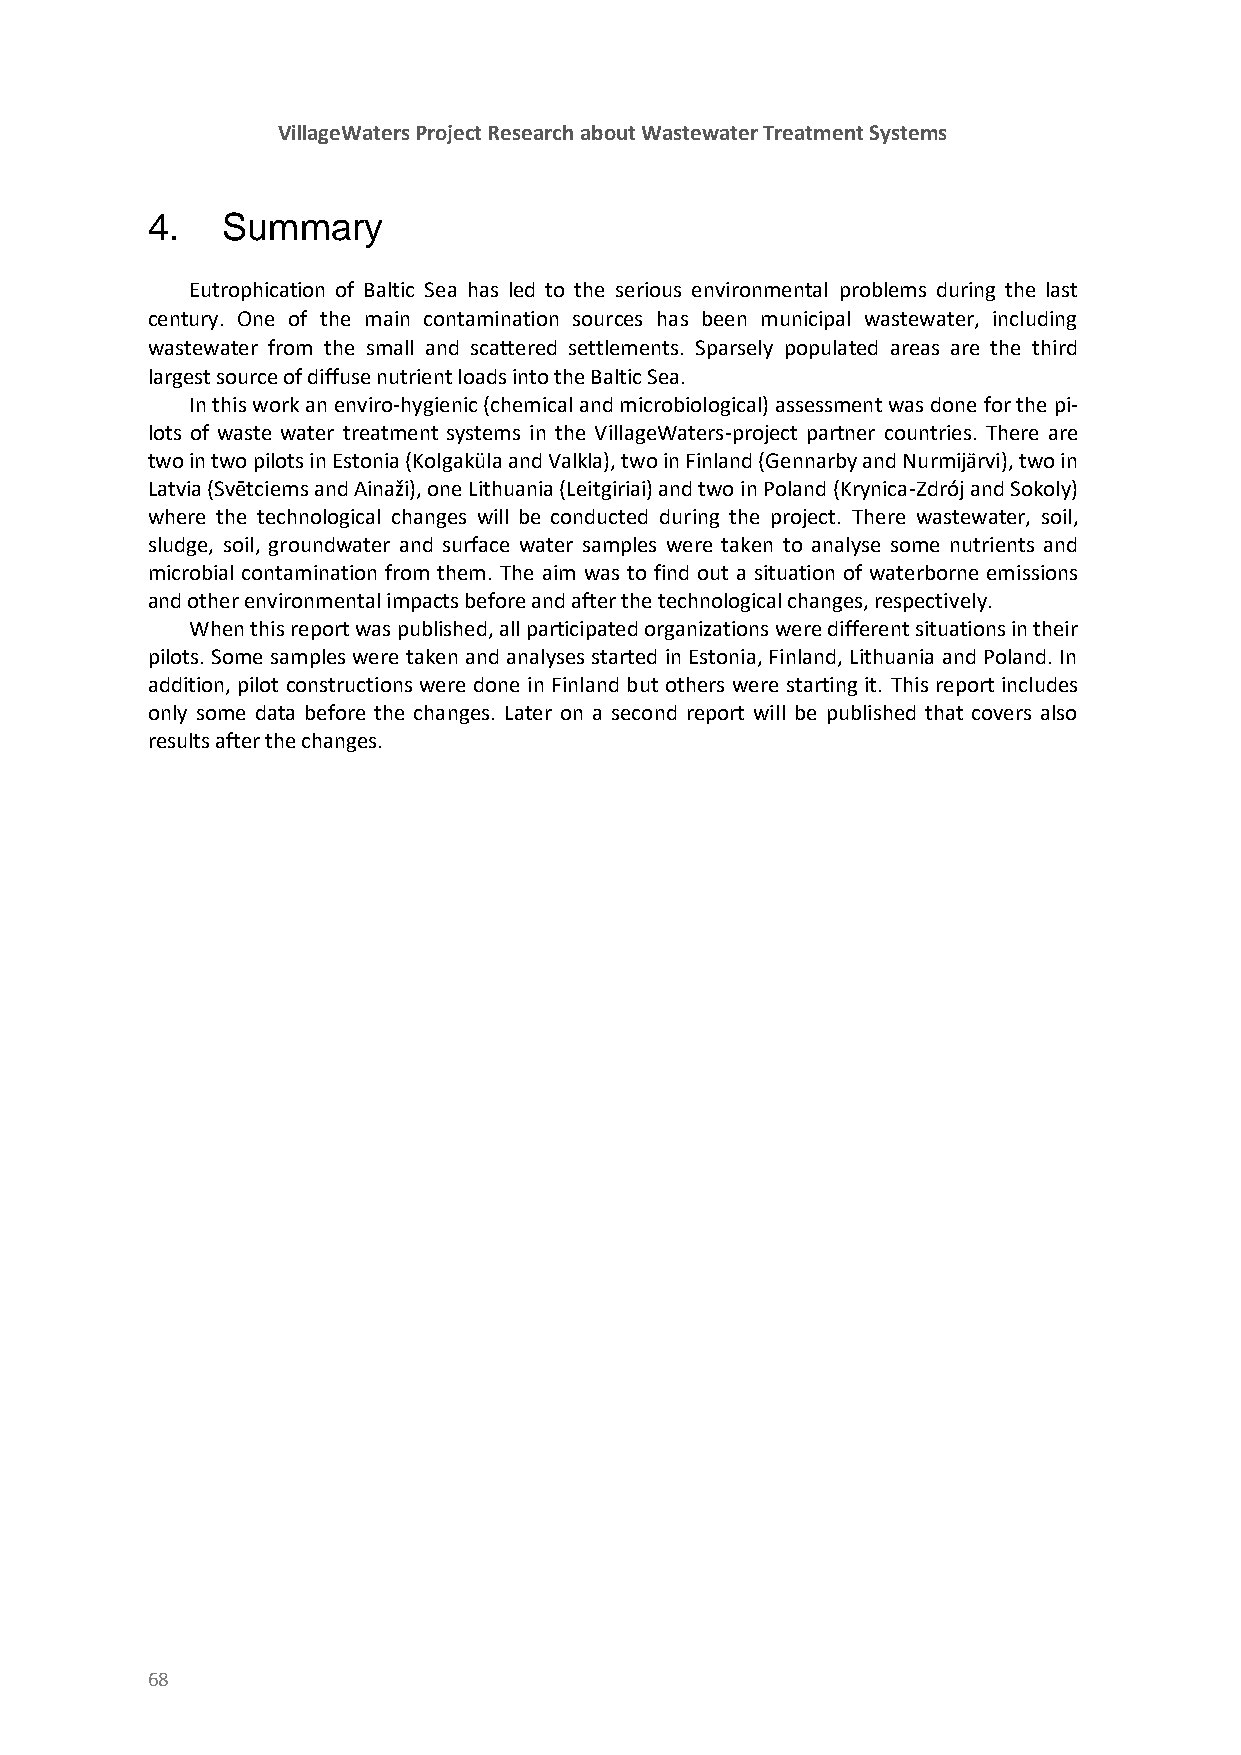
VillageWaters Project Research about Wastewater Treatment Systems
 4.   Summary
 Eutrophication of Baltic Sea has led to the serious environmental problems during the last
 century. One of the main contamination sources has been municipal wastewater, including
 wastewater from the small and scattered settlements. Sparsely populated areas are the third
 largest source of diffuse nutrient loads into the Baltic Sea.
 In this work an enviro-hygienic (chemical and microbiological) assessment was done for the pi-
 lots of waste water treatment systems in the VillageWaters-project partner countries. There are
 two in two pilots in Estonia (Kolgaküla and Valkla), two in Finland (Gennarby and Nurmijärvi), two in
 Latvia (Svētciems and Ainaži), one Lithuania (Leitgiriai) and two in Poland (Krynica-Zdrój and Sokoly)
 where the technological changes will be conducted during the project. There wastewater, soil,
 sludge, soil, groundwater and surface water samples were taken to analyse some nutrients and
 microbial contamination from them. The aim was to find out a situation of waterborne emissions
 and other environmental impacts before and after the technological changes, respectively.
 When this report was published, all participated organizations were different situations in their
 pilots. Some samples were taken and analyses started in Estonia, Finland, Lithuania and Poland. In
 addition, pilot constructions were done in Finland but others were starting it. This report includes
 only some data before the changes. Later on a second report will be published that covers also
 results after the changes.
 68